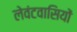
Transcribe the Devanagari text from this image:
लेवंटवासियों